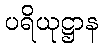
ပရိယုဋ္ဌာန